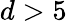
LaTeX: d>5